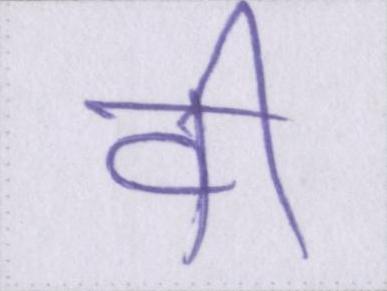
वी